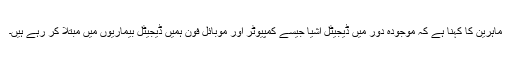
ماہرین کا کہنا ہے کہ موجودہ دور میں ڈیجیٹل اشیا جیسے کمپیوٹر اور موبائل فون ہمیں ڈیجیٹل بیماریوں میں مبتلا کر رہے ہیں۔